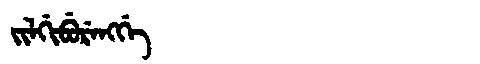
Manchu: ᠵᡳᠯᡤᡳᠪᡠᡵᡝᠩᡤᡝ
Romanization: JILGIBURENGGE